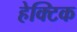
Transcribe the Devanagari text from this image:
हेक्टिक